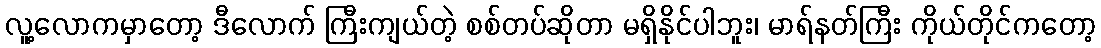
လူ့လောကမှာတော့ ဒီလောက် ကြီးကျယ်တဲ့ စစ်တပ်ဆိုတာ မရှိနိုင်ပါဘူး၊ မာရ်နတ်ကြီး ကိုယ်တိုင်ကတော့